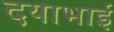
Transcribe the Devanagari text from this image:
दयाभाई